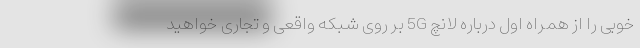
خوبی را از همراه اول درباره لانچ 5G بر روی شبکه واقعی و تجاری خواهید